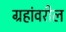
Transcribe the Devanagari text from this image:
ग्रहांवरील